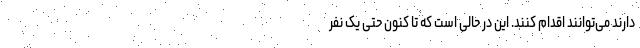
دارند می‌توانند اقدام کنند. این در حالی است که تا کنون حتی یک نفر